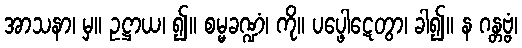
အာသနာ၊ မှ။ ဥဋ္ဌာယ၊ ၍။ စမ္မခဏ္ဍံ၊ ကို။ ပပ္ဖေါဋေတွာ၊ ခါ၍။ န ဂန္တဗ္ဗံ၊